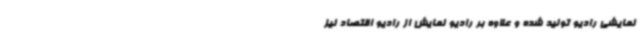
نمایشی رادیو تولید شده و علاوه بر رادیو نمایش از رادیو اقتصاد نیز